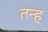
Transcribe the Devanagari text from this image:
तन्ह